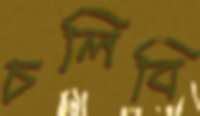
চলিবি